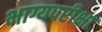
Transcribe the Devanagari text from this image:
भाग्यपरीक्षा